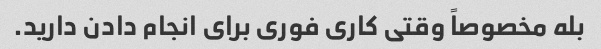
بله مخصوصاً وقتی کاری فوری برای انجام دادن دارید.